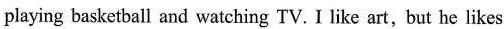
playing basketball and watching TV. I like art, but he likes